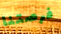
فرصتنا